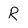
Character: R